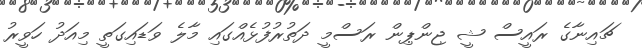
ޗައިނާގެ ރައީސް ޝީ ޖިންޕިން ރަސްމީ ދަތުރުފުޅެއްގައި މާލެ ވަޑައިގަތީ މިއަދު ހަވީރު